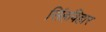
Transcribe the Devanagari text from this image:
सिंहविहार